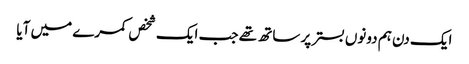
ایک دن ہم دونوں بستر پر ساتھ تھے جب ایک شخص کمرے میں آیا